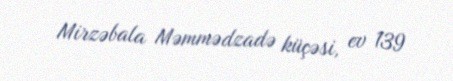
Mirzəbala Məmmədzadə küçəsi, ev 139